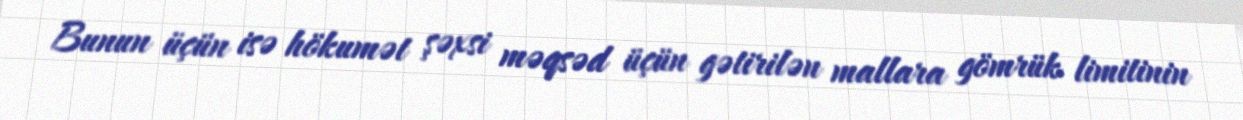
Bunun üçün isə hökumət şəxsi məqsəd üçün gətirilən mallara gömrük limitinin